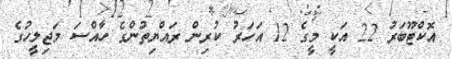
އޮކްޓޫބަރު 22 އަކީ މީގެ 12 އަހަރު ކުރިން ރައްޔިތުންގެ ހާއްސަ މަޖިލީހުގެ